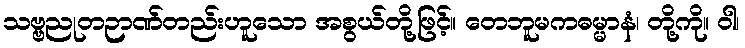
သဗ္ဗညုတဉာဏ်တည်းဟူသော အစွယ်တို့ဖြင့်။ တေဘူမကဓမ္မာနံ၊ တို့ကို။ ဝါ၊